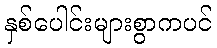
နှစ်ပေါင်းများစွာကပင်